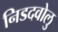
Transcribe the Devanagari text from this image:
निडदवोलु